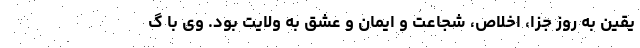
یقین به روز جزا، اخلاص، شجاعت و ایمان و عشق به ولایت بود. وی با گ